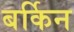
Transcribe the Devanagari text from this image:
बर्किन